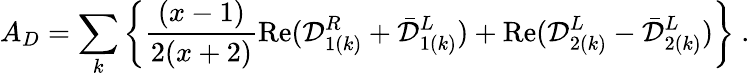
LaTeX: A_{D}=\sum_{k}\left\{ \frac{(x-1)}{2(x+2)}\mathrm{Re}({\cal D}_{1(k)}^{R}+{\bar{\cal D}}_{1(k)}^{L})+\mathrm{Re}({\cal D}_{2(k)}^{L}-{\bar{\cal D}}_{2(k)}^{L})\right\} ~.